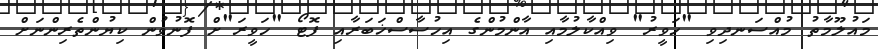
މައުލޫމާތު މުއްސަނދިވި "ހަވީރު" ވިއްކާލުމާއި އާންމުންގެ އިހުސާސްޚަބަރާއި ފޮޓޯ "ހަވީރަ"ށް ފޮނުވުން ކިޔުންތެރިންނަށް